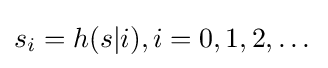
s_{i}=h(s|i),i=0,1,2,\dots